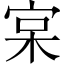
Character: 宲